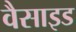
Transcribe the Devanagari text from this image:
वैसाइड